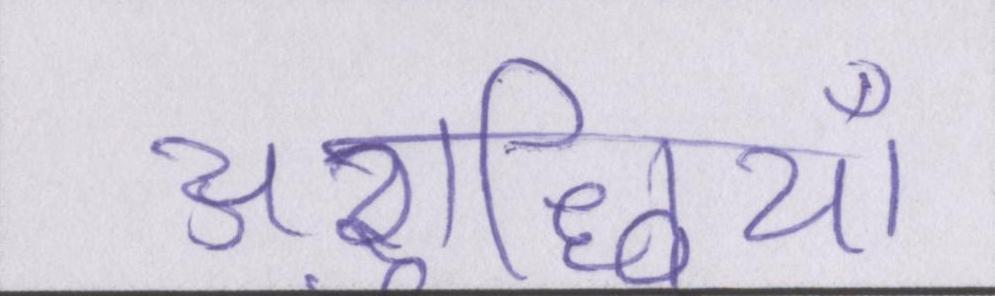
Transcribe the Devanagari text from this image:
अशुद्धियाँ